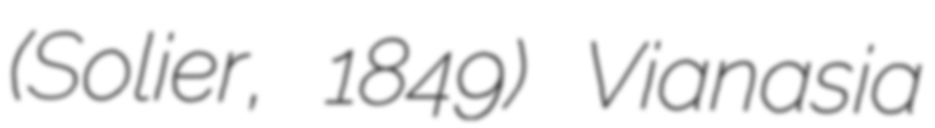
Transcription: (Solier, 1849) Vianasia